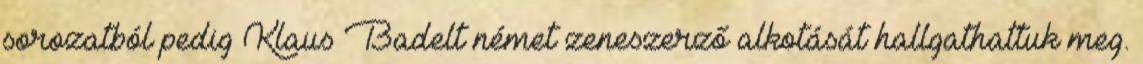
sorozatból pedig Klaus Badelt német zeneszerző alkotását hallgathattuk meg.